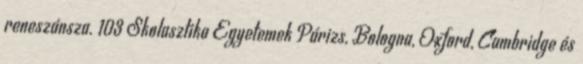
reneszánsza. 103 Skolasztika Egyetemek Párizs, Bologna, Oxford, Cambridge és